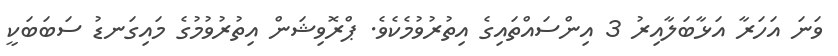
ވަނަ އަހަރާ އަޅާބަލާއިރު 3 އިންސައްތައިގެ އިތުރުވުމެކެވެ. ޕްރޮވިޝަން އިތުރުވުމުގެ މައިގަނޑު ސަބަބަކީ